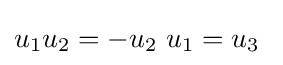
u_{1}u_{2}=-u_{2}\ u_{1}=u_{3}~